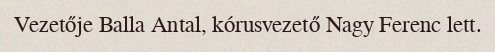
Vezetője Balla Antal, kórusvezető Nagy Ferenc lett.